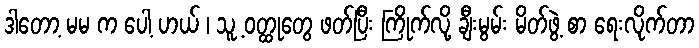
ဒါတော့ မမ က ပေါ့ ဟယ် ၊ သူ့ ဝတ္ထုတွေ ဖတ်ပြီး ကြိုက်လို့ ချီးမွမ်း မိတ်ဖွဲ့ စာ ရေးလိုက်တာ